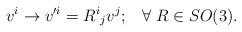
LaTeX: \begin{align*}v^i \to v'^i = {R^i}_jv^j;\;\;\;\forall\;R\in SO(3).\end{align*}